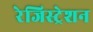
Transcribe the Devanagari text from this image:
रेजिस्ट्रेशन